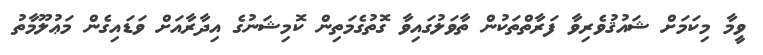
ވީމާ މިކަމަށް ޝައުޤުވެރިވާ ފަރާތްތަކުން ތާވަލުގައިވާ ގޮތުގެމަތިން ކޮމިޝަނުގެ އިދާރާއަށް ވަޑައިގެން މަޢުލޫމާތު